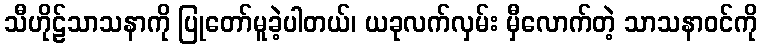
သီဟိုဠ်သာသနာကို ပြုတော်မူခဲ့ပါတယ်၊ ယခုလက်လှမ်း မှီလောက်တဲ့ သာသနာဝင်ကို